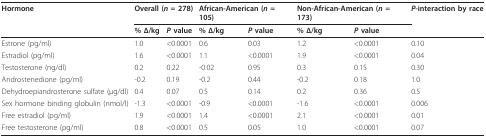
| Hormone | <COLSPAN=2> Overall (n = 278) | <COLSPAN=2> African-American (n = 105) | <COLSPAN=2> Non-African-American (n = 173) | P-interaction by race |
 |  | % Δ/kg | P value | % Δ/kg | P value | % Δ/kg | P value |  |
 | --- | --- | --- | --- | --- | --- | --- | --- |
 | Estrone (pg/ml) | 1.0 | <0.0001 | 0.6 | 0.03 | 1.2 | <0.0001 | 0.10 |
 | Estradiol (pg/ml) | 1.6 | <0.0001 | 1.1 | <0.0001 | 1.9 | <0.0001 | 0.04 |
 | Testosterone (ng/dl) | 0.2 | 0.22 | -0.02 | 0.95 | 0.3 | 0.15 | 0.30 |
 | Androstenedione (pg/ml) | -0.2 | 0.19 | -0.2 | 0.44 | -0.2 | 0.18 | 1.0 |
 | Dehydroepiandrosterone sulfate (μg/dl) | 0.4 | 0.07 | 0.5 | 0.14 | 0.2 | 0.36 | 0.5 |
 | Sex hormone binding globulin (nmol/l) | -1.3 | <0.0001 | -0.9 | <0.0001 | -1.6 | <0.0001 | 0.006 |
 | Free estradiol (pg/ml) | 1.9 | <0.0001 | 1.4 | <0.0001 | 2.1 | <0.0001 | 0.01 |
 | Free testosterone (pg/ml) | 0.8 | <0.0001 | 0.5 | 0.05 | 1.0 | <0.0001 | 0.07 |